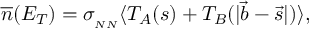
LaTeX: { \overline { { n } } } ( E _ { T } ) = \sigma _ { { } _ { N N } } \langle T _ { A } ( s ) + T _ { B } ( | \vec { b } - \vec { s } | ) \rangle ,